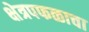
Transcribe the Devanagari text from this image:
क्षेत्रपफळाचा